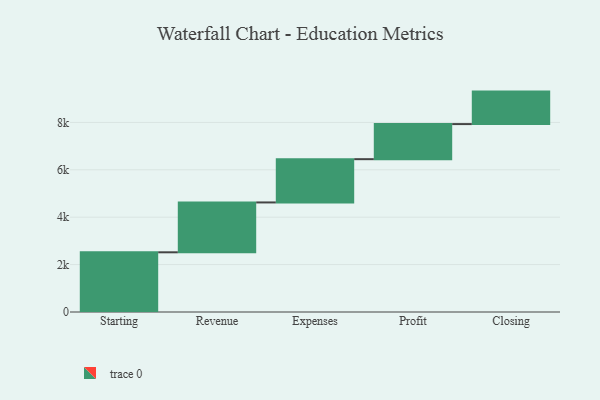
{"axis": {"x": "Step", "y": "Value"}, "legend": [""], "data": [{"x": "Starting", "y": 2519.0, "type": ""}, {"x": "Revenue", "y": 2104.0, "type": ""}, {"x": "Expenses", "y": 1826.0, "type": ""}, {"x": "Profit", "y": 1480.0, "type": ""}, {"x": "Closing", "y": 1371.0, "type": ""}]}